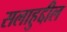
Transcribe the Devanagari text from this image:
सलाहुद्दील